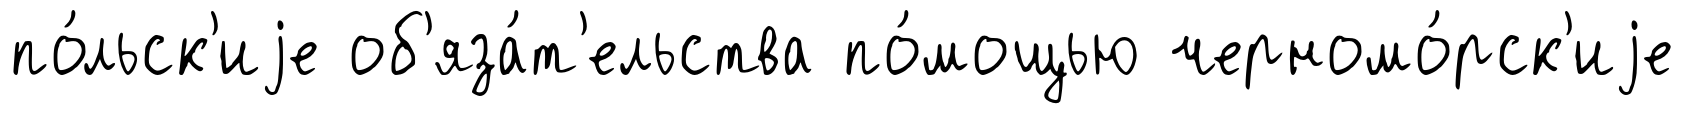
по́льск'иjе об'яза́т'ельства по́мощью черномо́рск'иjе